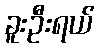
ခူးဦးရယ်